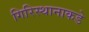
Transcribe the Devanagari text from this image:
गिरिस्थानाकडे